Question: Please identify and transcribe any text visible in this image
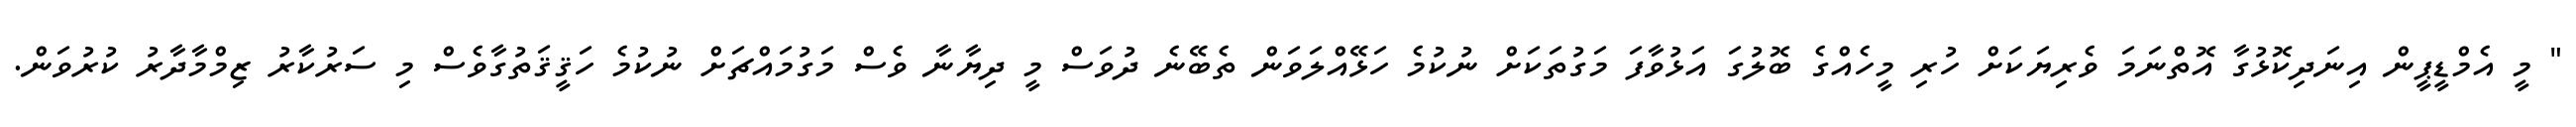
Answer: " މީ އެމްޑީޕީން އިނަދިކޮޅުގާ އޮތްނަމަ ވެރިޔަކަށް ހުރި މީހެއްގެ ބޮލުގަ އަޅުވާފަ މަގުތަކަށް ނުކުމެ ހަޅޭއްލަވަން ތެބޭނެ ދުވަސް މީ ދިޔާނާ ވެސް މަގުމައްޗަށް ނުކުމެ ހަޤީޤަތުގާވެސް މި ސަރުކާރު ޒިމްމާދާރު ކުރުވަން.